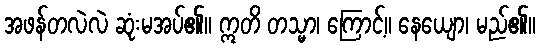
အဖန်တလဲလဲ ဆုံးမအပ်၏။ ဣတိ တသ္မာ၊ ကြောင့်။ နေယျော၊ မည်၏။